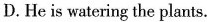
D. He is watering the plants.